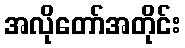
အလိုတော်အတိုင်း